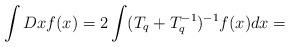
LaTeX: \begin{align*} \int Dx f(x) = 2 \int ( T_q + T_q^{-1} )^{-1} f(x) dx=\end{align*}